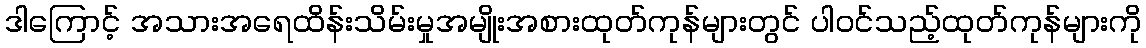
ဒါကြောင့် အသားအရေထိန်းသိမ်းမှုအမျိုးအစားထုတ်ကုန်များတွင် ပါဝင်သည့်ထုတ်ကုန်များကို